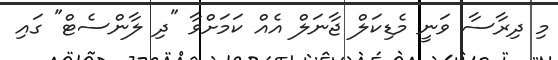
މި ދިރާސާ ވަނީ މެޑިކަލް ޖާނަލް އެއް ކަމަށްވާ "ދި ލާންސެޓް" ގައި